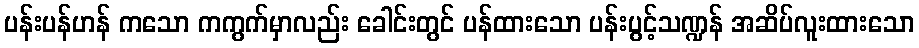
ပန်းပန်ဟန် ကသော ကကွက်မှာလည်း ခေါင်းတွင် ပန်ထားသော ပန်းပွင့်သဏ္ဍန် အဆိပ်လူးထားသော